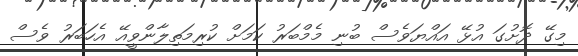
މިގޭ ދޮށުގަ އުޅޭ އައްޔަވެސް ބުނި މެމްބަރު ކަމަށް ކުރިމަތިލާންވީއޭ އެހަބަރު ވެސް